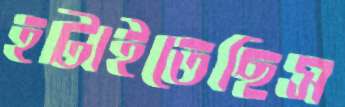
হটাইতেছিস